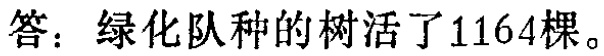
答：绿化队种的树活了1164棵。